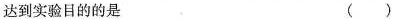
达到实验目的的是 ( )